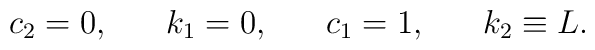
c_2=0,\;\;\;\;\;\;k_1=0,\;\;\;\;\;\;c_1=1,\;\;\;\;\;\;k_2\equiv L.